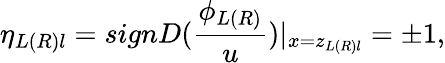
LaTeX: \eta_{L(R)l}=signD(\frac{\phi_{L(R)}}u)|_{x=z_{L(R)l}}=\pm 1,